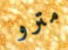
مترو